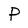
Character: P